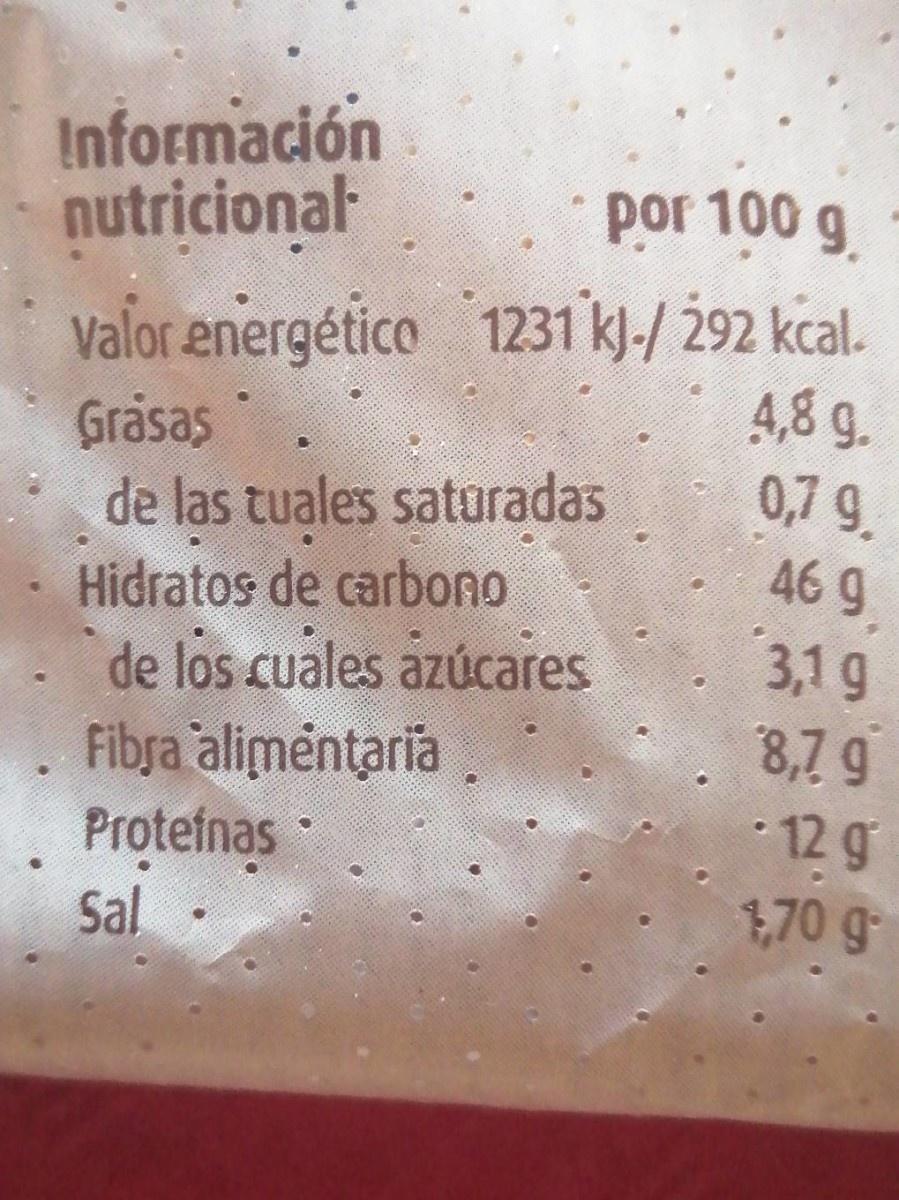
Información nutricional
por 100 g
Valor energético 1231 kJ-/ 292 kcal. Grasas de las tuales saturadas Hidratos de carbono de los cuales azúcares Fibra alimentaria Protefnas Sal
4,8 g. 0,7 9. 46 9 3,1g 8,7 9
12 g 1,70 g